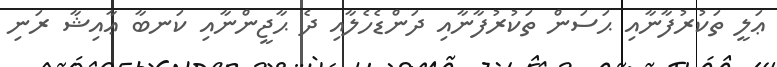
ޢަލީ ތަކުރުފާނާއި ޙަސަން ތަކުރުފާނާއި ދަންޑެހެލާއި ދެ ޙާޖީންނާއި ކަނބާ ޢާއިޝާ ރަނި